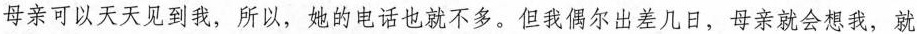
母亲可以天天见到我，所以，她的电话也就不多。但我偶尔出差几日，母亲就会想我，就